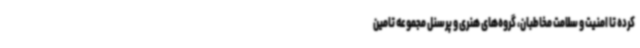
کرده تا امنیت و سلامت مخاطبان، گروه‌های هنری و پرسنل مجموعه تامین